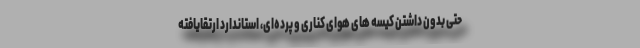
حتی بدون داشتن کیسه های هوای کناری و پرده‌ای، استاندارد ارتقایافته